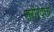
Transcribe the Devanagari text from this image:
शरीरवेत्ता